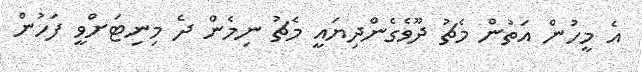
އެ މީހުން އަތުން މެޗު ދޫވެގެންދިޔައީ މެޗު ނިމެން ދެ މިނިޓަށްވީ ފަހުން